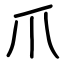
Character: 爪